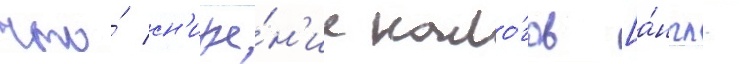
что́ сн'иже́н'ие нало́гов [а́нгл.